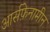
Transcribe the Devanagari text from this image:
आर्सफ़ेनामीन